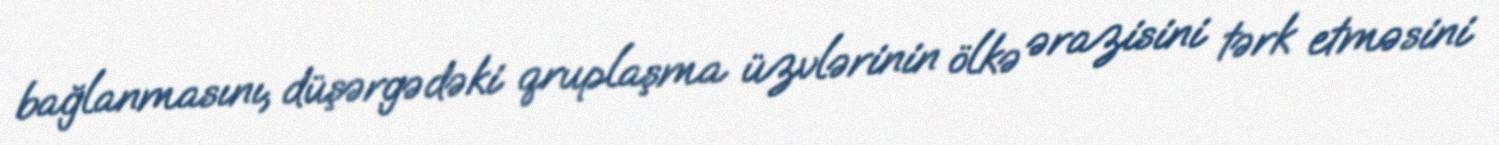
bağlanmasını, düşərgədəki qruplaşma üzvlərinin ölkə ərazisini tərk etməsini